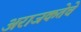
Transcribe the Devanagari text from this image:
अराजकतेचे